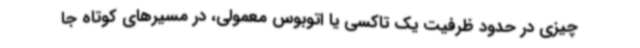
چیزی در حدود ظرفیت یک تاکسی یا اتوبوس معمولی، در مسیرهای کوتاه جا